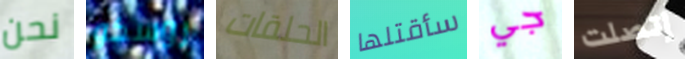
نحن روسكو الحلقات سأقتلها جي إتصلت